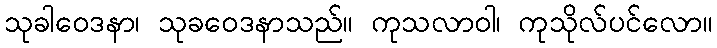
သုခါဝေဒနာ၊ သုခဝေဒနာသည်။ ကုသလာဝါ၊ ကုသိုလ်ပင်လော။